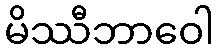
မိဿီဘာဝေါ